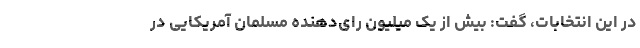
در این انتخابات، گفت: بیش از یک میلیون رای‌دهنده مسلمان آمریکایی در